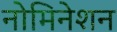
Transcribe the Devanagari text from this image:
नोमिनेशन